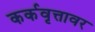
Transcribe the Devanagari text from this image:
कर्कवृत्तावर